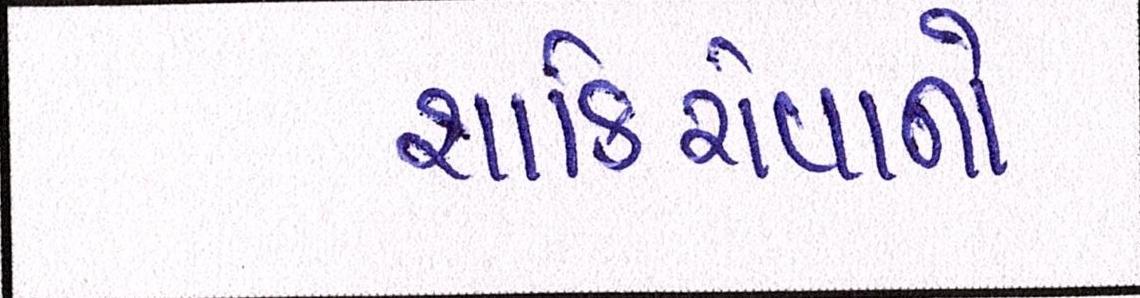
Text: શાકિરોવાનો